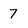
Character: 7